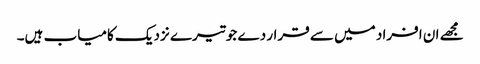
مجھے ان افراد میں سے قرار دے جو تیرے نزدیک کامیاب ہیں۔